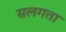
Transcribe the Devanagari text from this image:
सलगता